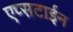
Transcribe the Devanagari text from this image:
एप्सटाईन